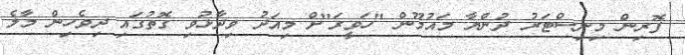
ފޮރިން މިނިސްޓަރު ދުންޔާ މައުމޫން "ހަވީރަ"ށް މިއަދު ވިދާޅުވި ގޮތުގައި ދިވެހިން މާލެ